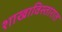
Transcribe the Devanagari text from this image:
शाखाविस्तारात